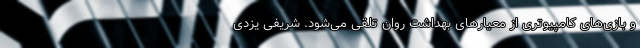
و بازی‌های کامپیوتری از معیارهای بهداشت روان تلقی می‌شود. شریفی یزدی